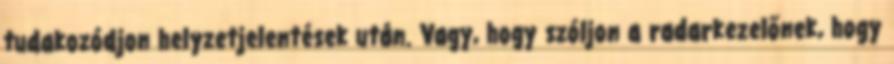
tudakozódjon helyzetjelentések után. Vagy, hogy szóljon a radarkezelőnek, hogy